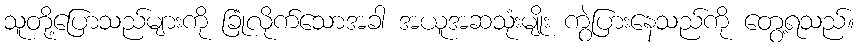
သူတို့ပြောသည်များကို ခြုံလိုက်သောအခါ အယူအဆသုံးမျိုး ကွဲပြားနေသည်ကို တွေ့ရသည်။